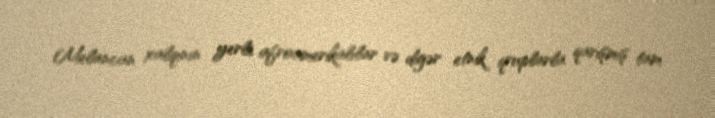
Melancan xalqının yerli, afroamerikalılar və digər etnik qruplarla qarışmış tam